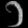
Digit: ၁